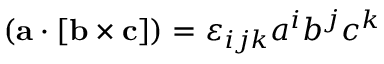
( \mathbf { a } \cdot [ \mathbf { b } \times \mathbf { c } ] ) = \varepsilon _ { i j k } a ^ { i } b ^ { j } c ^ { k }